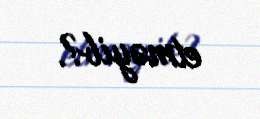
etməyib?.